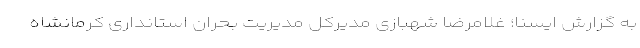
به گزارش ایسنا؛ غلامرضا شهبازی مدیرکل مدیریت بحران استانداری کرمانشاه